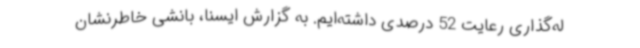
له‌گذاری رعایت 52 درصدی داشته‌ایم. به گزارش ایسنا، بانشی خاطرنشان